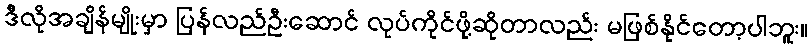
ဒီလိုအချိန်မျိုးမှာ ပြန်လည်ဦးဆောင် လုပ်ကိုင်ဖို့ဆိုတာလည်း မဖြစ်နိုင်တော့ပါဘူး။